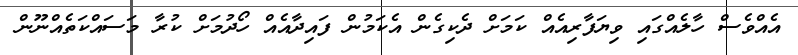
އެއްވެސް ހާލެއްގައި ވިޔަފާރިއެއް ކަމަށް ދެކިގެން އެކަމުން ފައިދާއެއް ހޯދުމަށް ކުރާ މަސައްކަތެއްނޫން